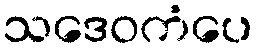
သဒေဝကံပေ